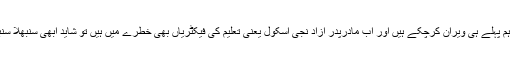
سرکاری اسکول ہم پہلے ہی ویران کرچکے ہیں اور اب مادرپدر آزاد نجی اسکول یعنی تعلیم کی فیکٹریاں بھی خطرے میں ہیں تو شاید ابھی سنبھلا سنبھالا جاسکتا ہے۔